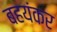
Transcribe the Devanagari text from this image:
बहयंकर